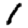
Digit: 1